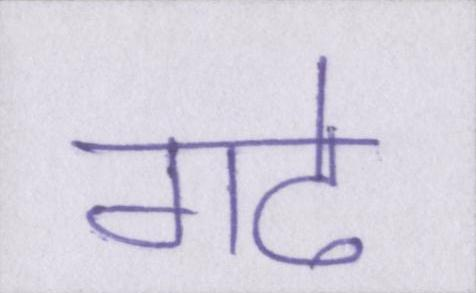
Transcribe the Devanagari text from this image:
गढे